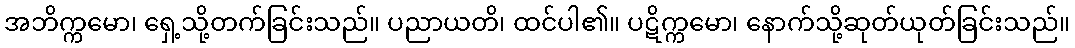
အဘိက္ကမော၊ ရှေ့သို့တက်ခြင်းသည်။ ပညာယတိ၊ ထင်ပါ၏။ ပဋိက္ကမော၊ နောက်သို့ဆုတ်ယုတ်ခြင်းသည်။